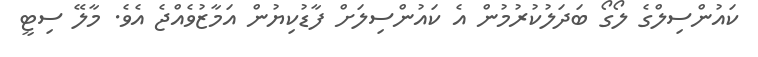
ކައުންސިލްގެ ލޯގޯ ބަދަލުކުރުމުން އެ ކައުންސިލަށް ފާޑުކިޔުން އަމާޒުވެއްޖެ އެވެ. މާލޭ ސިޓީ